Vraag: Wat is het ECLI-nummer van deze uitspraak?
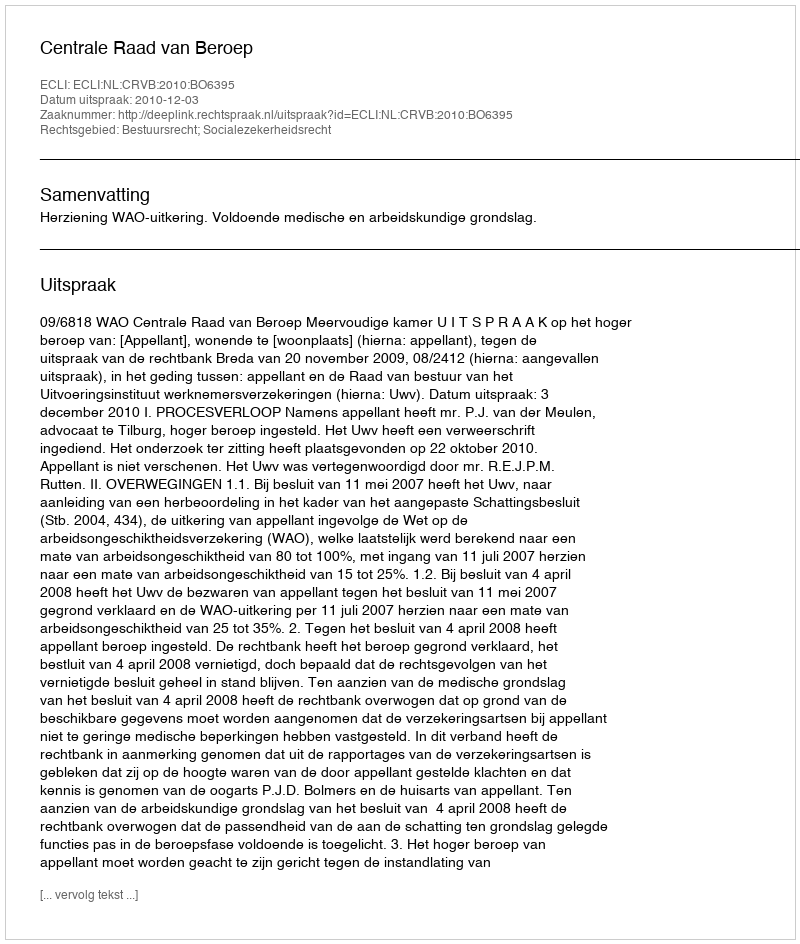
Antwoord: ECLI:NL:CRVB:2010:BO6395